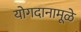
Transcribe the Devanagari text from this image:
योगदानामूळे